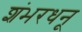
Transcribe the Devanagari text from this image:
शंभरधनू